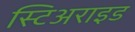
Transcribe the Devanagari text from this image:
स्टिअराइड